Indian journal of veterinary science and animal husbandry - Volume 10,
Year: 1940
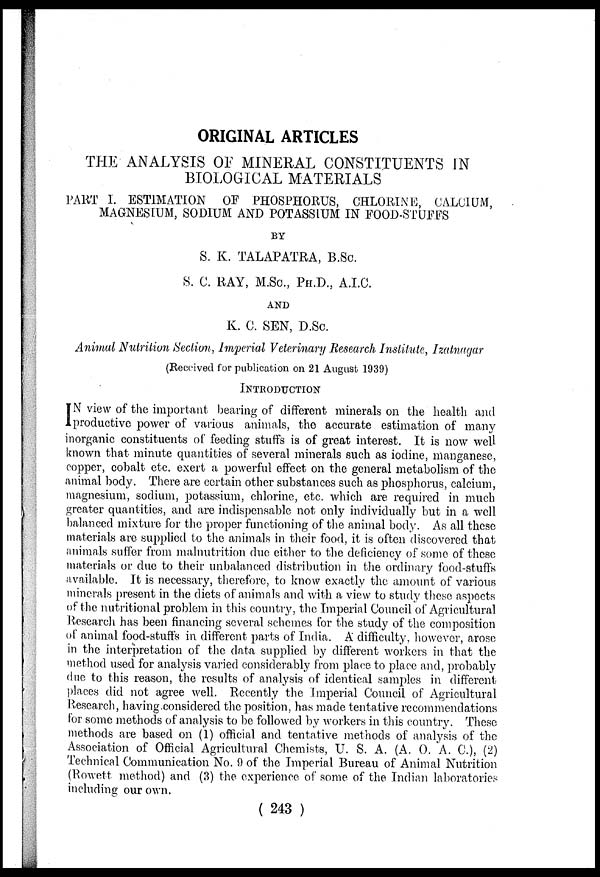
ORIGINAL ARTICLES
THE ANALYSIS OF MINERAL CONSTITUENTS IN
BIOLOGICAL MATERIALS
PART I. ESTIMATION OF PHOSPHORUS, CHLORINE, CALCIUM,
MAGNESIUM, SODIUM AND POTASSIUM IN FOOD-STUFFS
BY
S. K. TALAPATRA, B.Sc.
S. C. RAY, M.Sc., PH.D., A.I.C.
AND
K. C. SEN, D.Sc.
Animal Nutrition Section, Imperial Veterinary Research Institute, Izatnagar
(Received for publication on 21 August 1939)
INTRODUCTION
I N view of the important bearing of different minerals on the health and
productive power of various animals, the accurate estimation of many
inorganic constituents of feeding stuffs is of great interest. It is now well
known that minute quantities of several minerals such as iodine, manganese,
copper, cobalt etc. exert a powerful effect on the general metabolism of the
animal body. There are certain other substances such as phosphorus, calcium,
magnesium, sodium, potassium, chlorine, etc. which are required in much
greater quantities, and are indispensable not only individually but in a well
balanced mixture for the proper functioning of the animal body. As all these
materials are supplied to the animals in their food, it is often discovered that
animals suffer from malnutrition due either to the deficiency of some of these
materials or due to their unbalanced distribution in the ordinary food-stuffs
available. It is necessary, therefore, to know exactly the amount of various
minerals present in the diets of animals and with a view to study these aspects
of the nutritional problem in this country, the Imperial Council of Agricultural
Research has been financing several schemes for the study of the composition
of animal food-stuffs in different parts of India. A difficulty, however, arose
in the interpretation of the data supplied by different workers in that the
method used for analysis varied considerably from place to place and, probably
due to this reason, the results of analysis of identical samples in different
places did not agree well. Recently the Imperial Council of Agricultural
Research, having considered the position, has made tentative recommendations
for some methods of analysis to be followed by workers in this country. These
methods are based on (1) official and tentative methods of analysis of the
Association of Official Agricultural Chemists, U. S. A. (A. O. A. C.), (2)
Technical Communication No. 9 of the Imperial Bureau of Animal Nutrition
(Rowett method) and (3) the experience of some of the Indian laboratories
including our own.
( 243 )